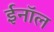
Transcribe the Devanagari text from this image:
ईनॉल